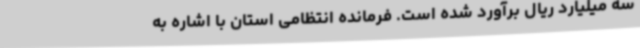
سه میلیارد ریال برآورد شده است. فرمانده انتظامی استان با اشاره به